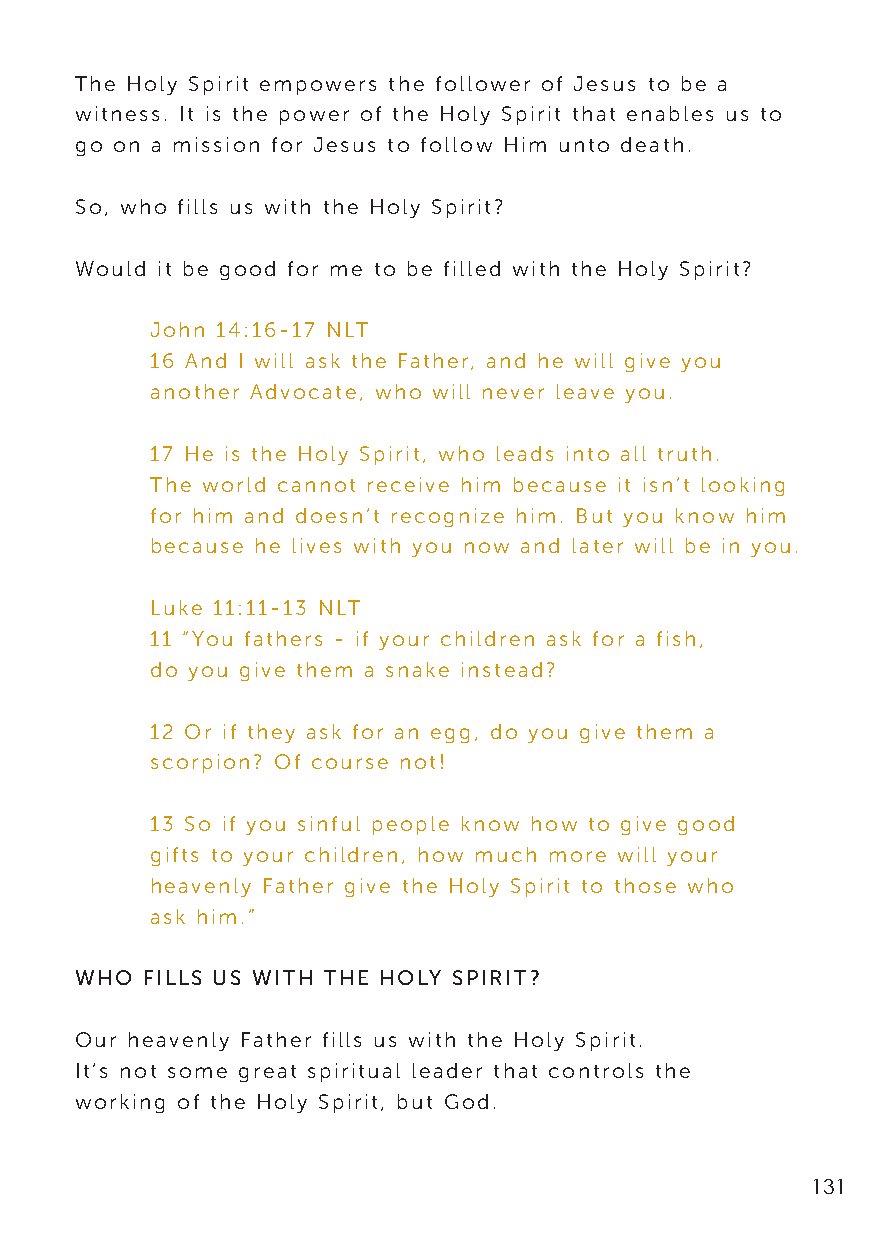
The Holy Spirit empowers the follower of Jesus to be a
 witness. It is the power of the Holy Spirit that enables us to
 go on a mission for Jesus to follow Him unto death.
 So, who fills us with the Holy Spirit?
 Would it be good for me to be filled with the Holy Spirit?
 John 14:16-17 NLT
 16 And I will ask the Father, and he will give you
 another Advocate, who will never leave you.
 17 He is the Holy Spirit, who leads into all truth.
 The world cannot receive him because it isn’t looking
 for him and doesn’t recognize him. But you know him
 because he lives with you now and later will be in you.
 Luke 11:11-13 NLT
 11 “You fathers - if your children ask for a fish,
 do you give them a snake instead?
 12 Or if they ask for an egg, do you give them a
 scorpion? Of course not!
 13 So if you sinful people know how to give good
 gifts to your children, how much more will your
 heavenly Father give the Holy Spirit to those who
 ask him.”
 WHO FILLS US WITH THE HOLY SPIRIT?
 Our heavenly Father fills us with the Holy Spirit.
 It’s not some great spiritual leader that controls the
 working of the Holy Spirit, but God.
 131